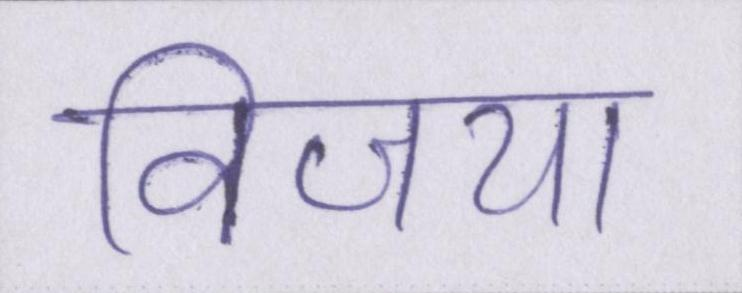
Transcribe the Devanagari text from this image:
विजया